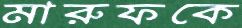
মারুফকে